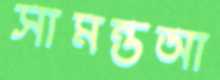
সামন্তআ